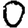
Digit: 0